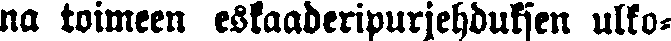
na toimeen eskaaderipurjehduksen ulko-